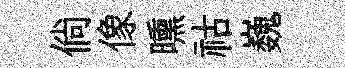
倘像曛祜巍